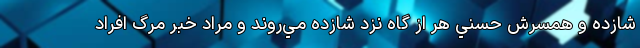
شازده و همسرش حسني هر از گاه نزد شازده مي‌روند و مراد خبر مرگ افراد